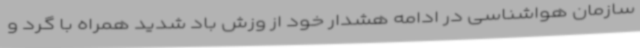
سازمان هواشناسی در ادامه هشدار خود از وزش باد شدید همراه با گرد و